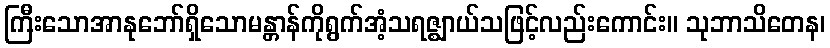
ကြီးသောအာနုဘော်ရှိသောမန္တာန်ကိုရွက်အံ့သရဇ္ဈာယ်သဖြင့်လည်းကောင်း။ သုဘာသိတေန၊